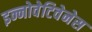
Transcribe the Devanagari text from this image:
इन्नोवेटिवेनेस